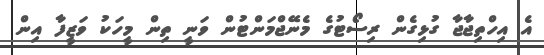
އެ އިހްތިޖާޖާ ގުޅިގެން ރިސޯޓުގެ މެނޭޖްމަންޓުން ވަނީ ތިން މީހަކު ވަޒީފާ އިން